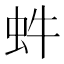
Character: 𧉖